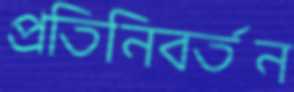
প্রতিনিবর্তন